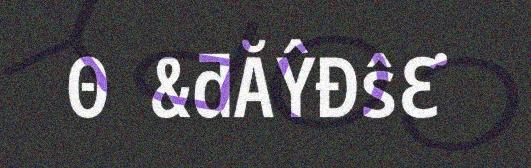
Θ &ƌĂŶĐŝƐ͘